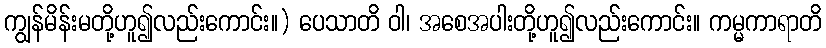
ကျွန်မိန်းမတို့ဟူ၍လည်းကောင်း။) ပေသာတိ ဝါ၊ အစေအပါးတို့ဟူ၍လည်းကောင်း။ ကမ္မကာရာတိ